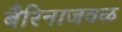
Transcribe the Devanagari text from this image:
बैरिनाजवळ